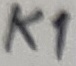
Text: K1